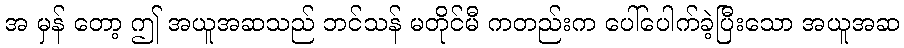
အ မှန် တော့ ဤ အယူအဆသည် ဘင်သန် မတိုင်မီ ကတည်းက ပေါ်ပေါက်ခဲ့ပြီးသော အယူအဆ